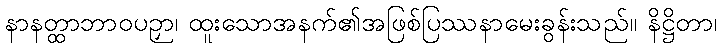
နာနတ္ထာဘာဝပဉှာ၊ ထူးသောအနက်၏အဖြစ်ပြဿနာမေးခွန်းသည်။ နိဋ္ဌိတာ၊